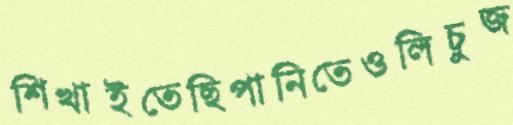
শিখাইতেছিপানিতেওলিচুজ